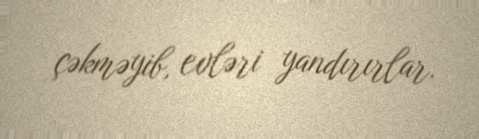
çəkməyib, evləri yandırırlar.